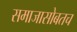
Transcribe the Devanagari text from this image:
समाजासोबतच